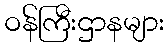
ဝန်ကြီးဌာနများ